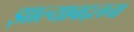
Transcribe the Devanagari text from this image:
झाल्याबद्दलचा